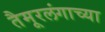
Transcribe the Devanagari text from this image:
तैमूरलंगाच्या